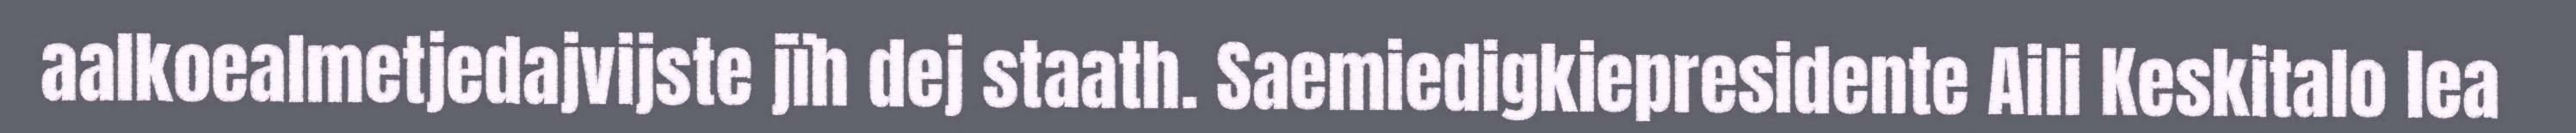
aalkoealmetjedajvijste jïh dej staath. Saemiedigkiepresidente Aili Keskitalo lea